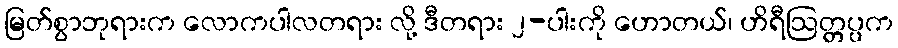
မြတ်စွာဘုရားက လောကပါလတရား လို့ ဒီတရား ၂-ပါးကို ဟောတယ်၊ ဟိရီဩတ္တပ္ပက